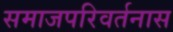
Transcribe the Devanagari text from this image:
समाजपरिवर्तनास